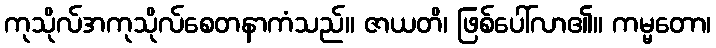
ကုသိုလ်အကုသိုလ်စေတနာကံသည်။ ဇာယတိ၊ ဖြစ်ပေါ်လာ၏။ ကမ္မတော၊